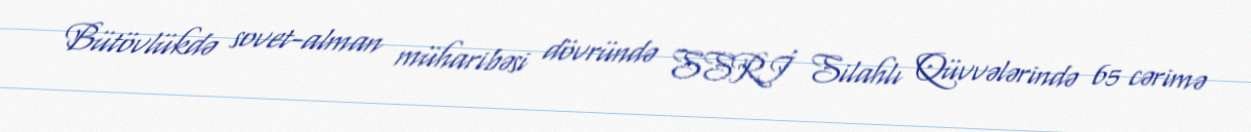
Bütövlükdə sovet-alman müharibəsi dövründə SSRİ Silahlı Qüvvələrində 65 cərimə